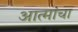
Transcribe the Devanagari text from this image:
आत्मांचा